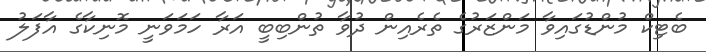
ބެޓިކް މުންޑުގައިވާ މަންޒަރުގެ ތެރެއިން ދުވާ ތުންބިބީ އަރާ ހަމަވަނީ މޮނިކާގެ އާފަލު